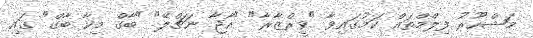
މަޝްހޫރު ފިލްމްތައް ކަމުގައިވާ "ވީރްޒާރާ" "އާޖާ ނަޗްލޭ" "ބާގް މިކާ ބާގް" ގައި